Annual report on the Civil Veterinary Department, Burma (including the Insein Veterinary School) - 1910-1922
Year: 1910
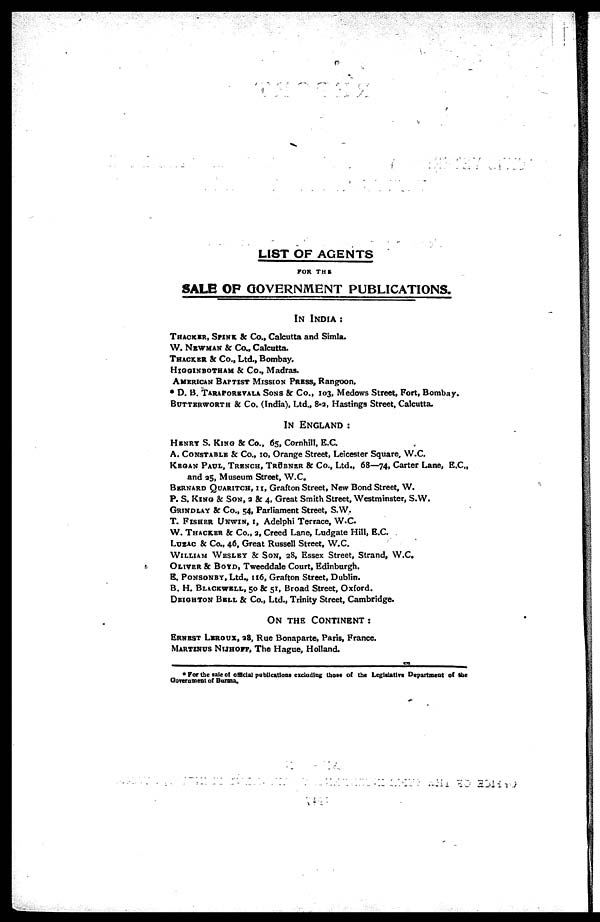
LIST OF AGENTS
FOR THE
SALE OF GOVERNMENT PUBLICATIONS.
IN INDIA :
THACKER, SPINK & Co., Calcutta and Simla.
W. NEWMAN & Co., Calcutta.
THACKER & Co., Ltd., Bombay.
HIGGINBOTHAM & Co., Madras.
AMERICAN BAPTIST MISSION PRESS, Rangoon.
* D. B. TARAPOREVALA SONS & Co., 103, Medows Street, Fort, Bombay.
BUTTERWORTH & Co. (India), Ltd., 80, Hastings Street, Calcutta.
IN ENGLAND :
HENRY
& Co., 65, Cornhill, E.C.
A. CONSTABLE & Co., 10, Orange Street, Leicester Square, W.C.
KEGAN PAUL, TRENCH, TRÜBNER & Co., Ltd., 68—74, Carter Lane, E.C.,
and 35, Museum Street, W.C.
BERNARD QUARITCH, 11, Grafton Street, New Bond Street, W.
P. S. KING & SON, 2 & 4, Great Smith Street, Westminster, S.W.
GRINDLAY & Co., 54, Parliament Street, S.W.
T. FISHER UNWIN, 1, Adelphi Terrace, W.C.
W. THACKER & Co., 2, Creed Lane, Ludgate Hill, E.C.
LUZAC & Co., 46, Great Russell Street, W.C.
WILLIAM WESLEY & SON, 28, Essex Street, Strand, W.C.
OLIVER & BOYD, Tweeddale Court, Edinburgh.
E. PONSONEY, Ltd., 116, Grafton Street, Dublin.
B. H. BLACKWELL, 50 & 51, Broad Street, Oxford.
DEIGHTON BELL & Co., Ltd., Trinity Street, Cambridge.
ON THE CONTINENT :
ERNEST LUROUX, 28, Rue Bonaparte, Paris, France.
MARTINUS NIJHOFF, The Hague, Holland.
* For the sale of official publications excluding those of the Legislative Department of the
Government of Burma.